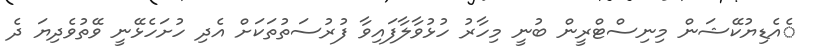
ެއެޑިޔުކޭޝަން މިނިސްޓްރީން ބުނީ މިހާރު ހުޅުވާލާފައިވާ ފުރުސަތުތަކަށް އެދި ހުށަހެޅޭނީ ވޭތުވެދިޔަ ދެ